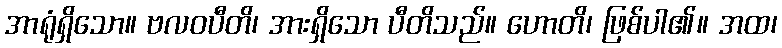
အာရုံရှိသော။ ဗလဝပီတိ၊ အားရှိသော ပီတိသည်။ ဟောတိ၊ ဖြစ်ပါ၏။ အထ၊